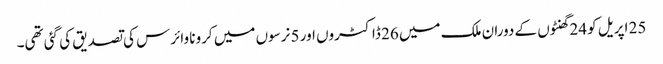
25 اپریل کو 24 گھنٹوں کے دوران ملک میں 26 ڈاکٹروں اور 5 نرسوں میں کرونا وائرس کی تصدیق کی گئی تھی۔